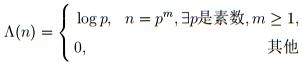
\[
\Lambda(n)=
\begin{cases}
\log p, & n = p^m, \exists p\text{是素数}, m\geq 1\\
0, & \text{其他}
\end{cases}
\]